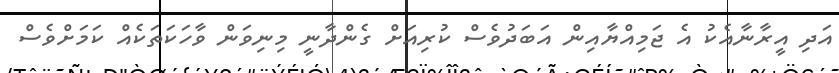
އަދި އީރާނާއެކު އެ ޖަމިއްޔާއިން އަބަދުވެސް ކުރިއަށް ގެންދާނީ މިނިވަން ވާހަކަތަކެއް ކަމަށްވެސް